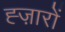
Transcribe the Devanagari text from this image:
ह्ज़ारों